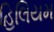
હિલિયમ